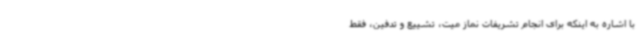
با اشاره به اینکه برای انجام تشریفات نماز میت، تشییع و تدفین، فقط